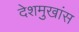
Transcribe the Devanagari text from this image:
देशमुखांस